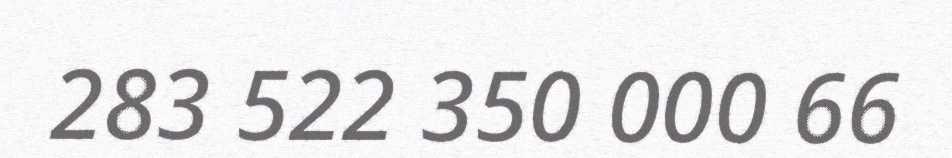
283 522 350 000 66